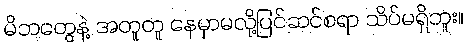
မိဘတွေနဲ့ အတူတူ နေမှာမလို့ပြင်ဆင်စရာ သိပ်မရှိဘူး။